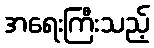
အရေးကြီးသည့်